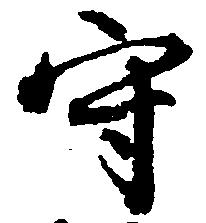
守